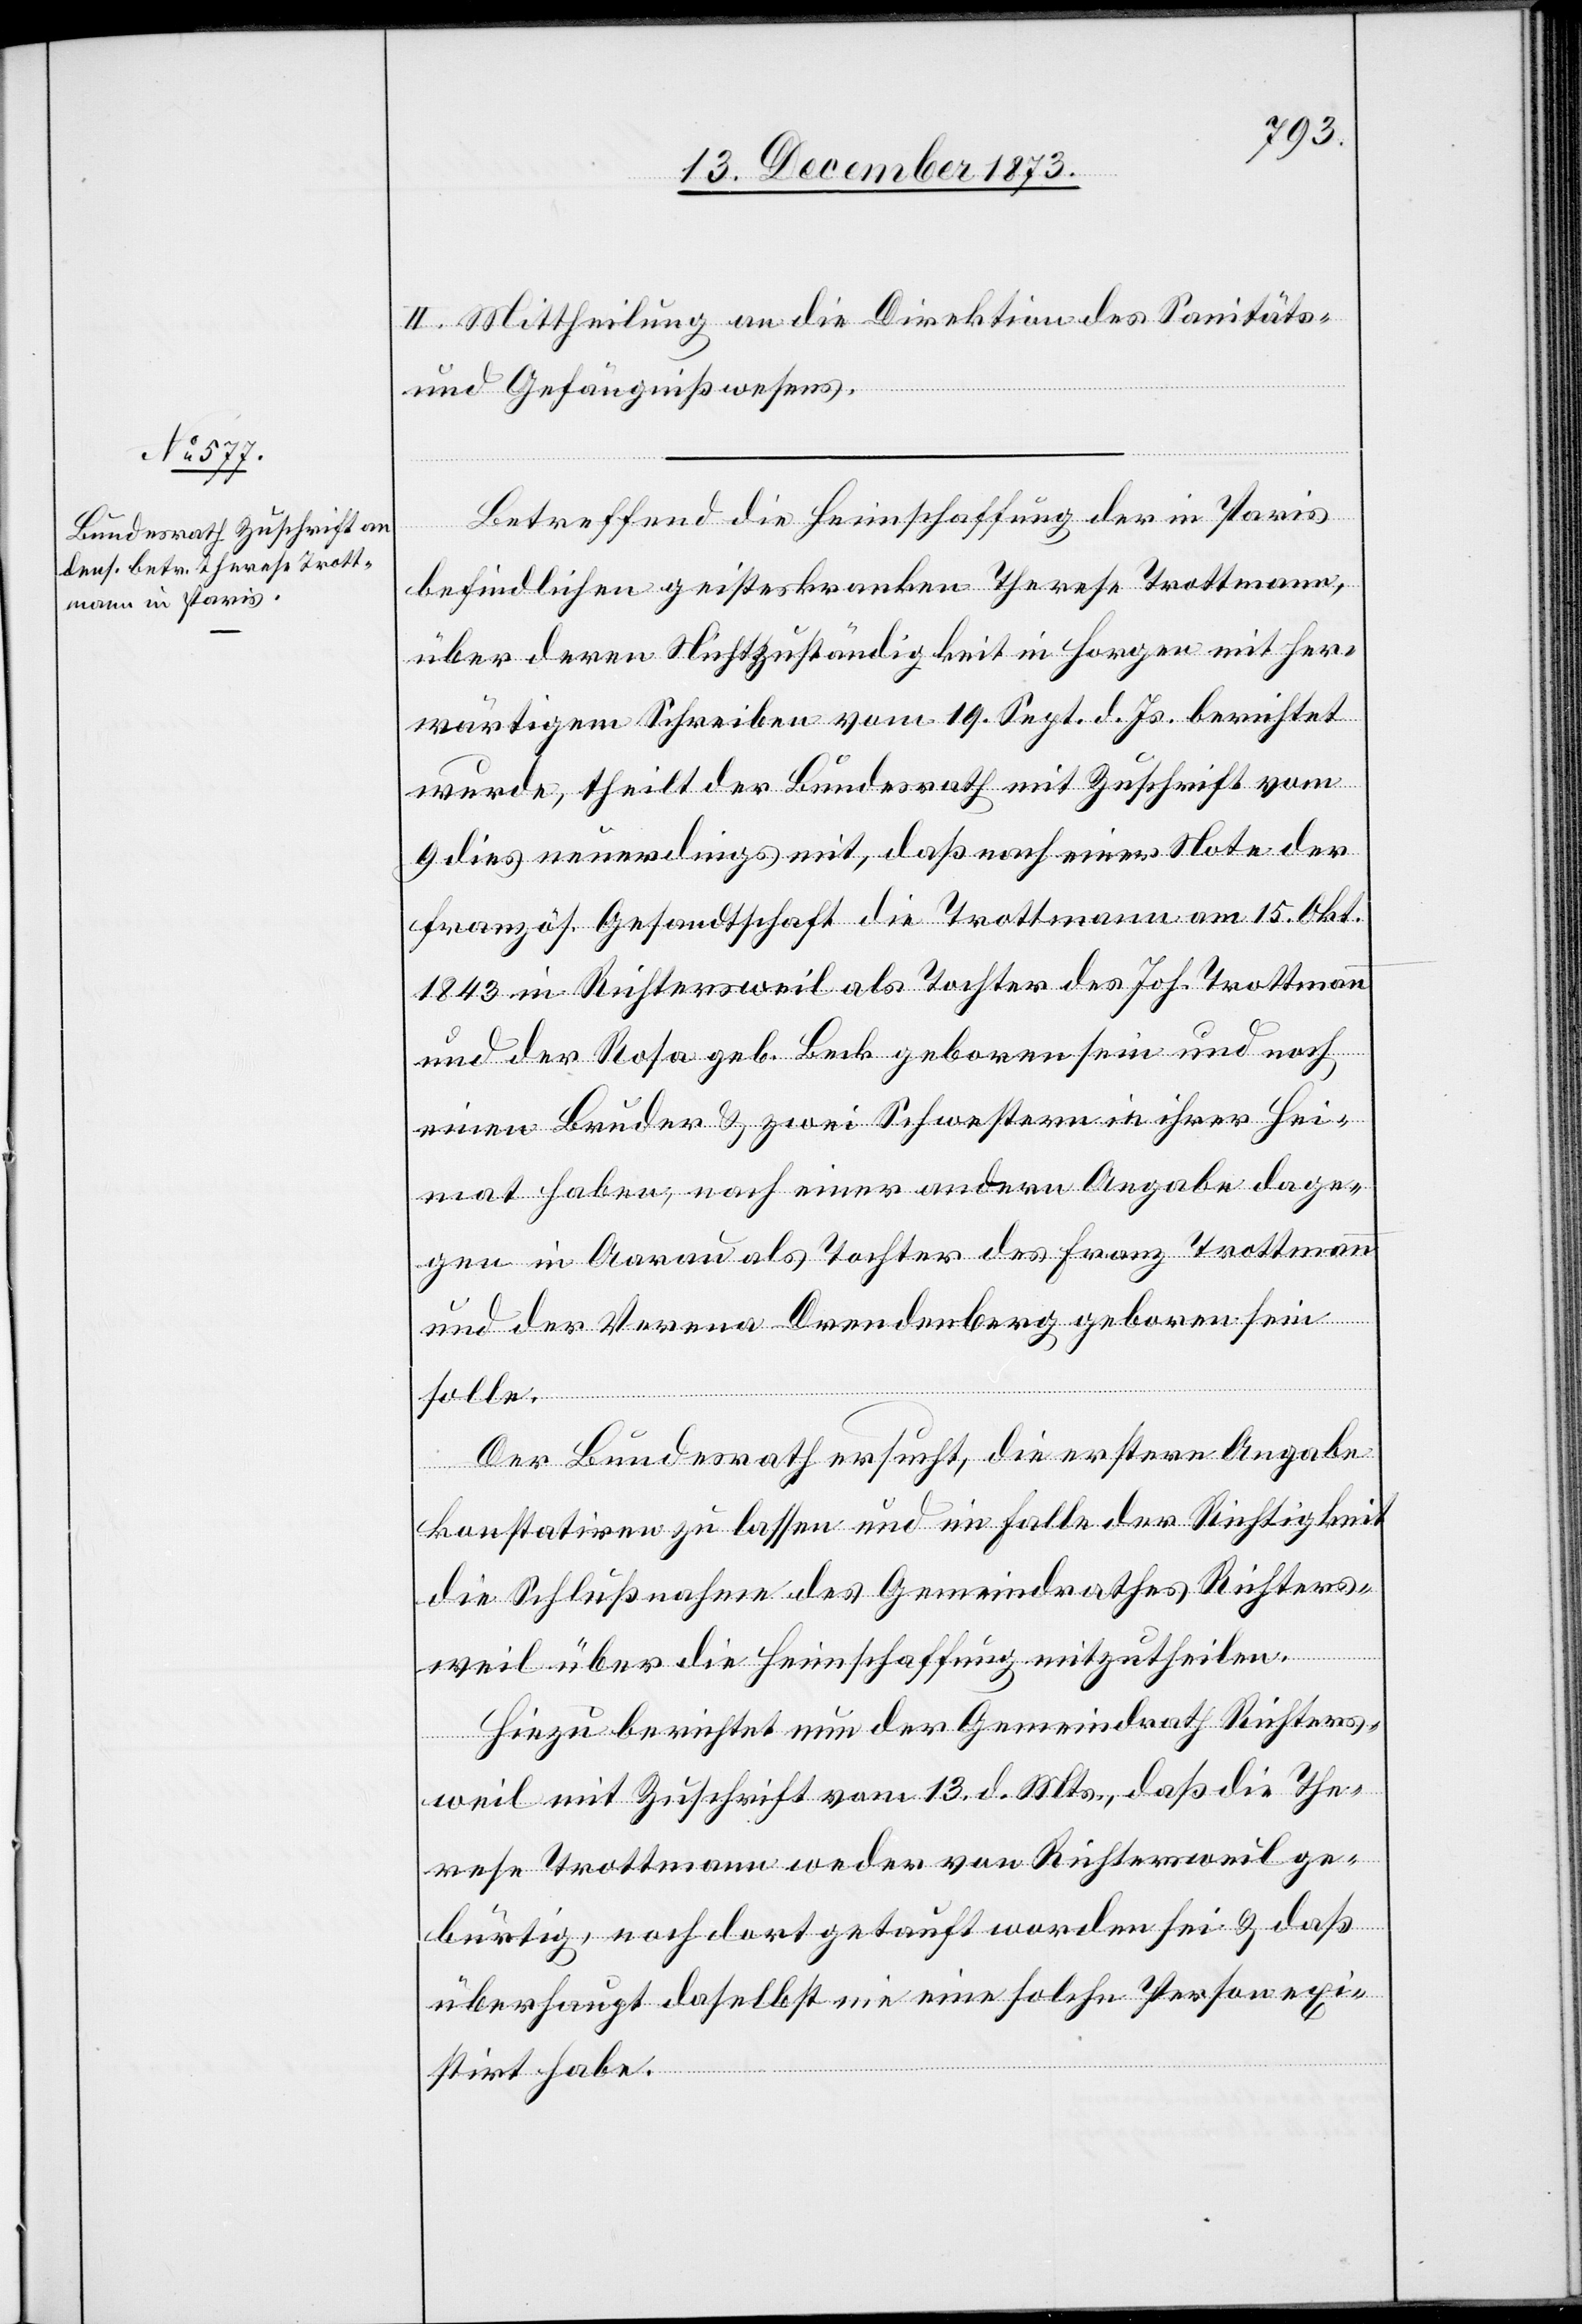
15. December 1873.]
II. Mittheilung an die Direktion des Sanitäts-
und Gefängnißwesens.
Betreffend die Heimschaffung der in Paris
befindlichen geisteskranken Therese Trottmann,
über deren Nichtzuständigkeit in Horgen mit her¬
wärtigem Schreiben vom 19. Sept. d. Js. berichtet
wurde, theilt der Bundesrath mit Zuschrift vom
9. dies neuerdings mit, daß nach einer Note der
französ. Gesandtschaft die Trottmann am 15. Okt.
1843 in Richtersweil als Tochter des Joh. Trottmann
und der Rosa geb. Beck geboren sein und noch
einen Bruder & zwei Schwestern in ihrer Hei¬
mat haben, nach einer andern Angabe dage¬
gen in Aarau als Tochter des Franz Trottmann
und der Verena Drendenberg geboren sein
solle.
Der Bundesrath ersucht, die erstere Angabe
konstatiren zu lassen und im Falle der Richtigkeit
die Schlußnahme des Gemeindrathes Richters¬
weil über die Heimschaffung mitzutheilen.
Hiezu berichtet nun der Gemeindrath Richters¬
weil mit Zuschrift vom 13. d. Mts., daß die The¬
rese Trottmann weder von Richtersweil ge¬
bürtig, noch dort getauft worden sei & daß
überhaupt daselbst nie eine solche Person exi¬
stirt habe.